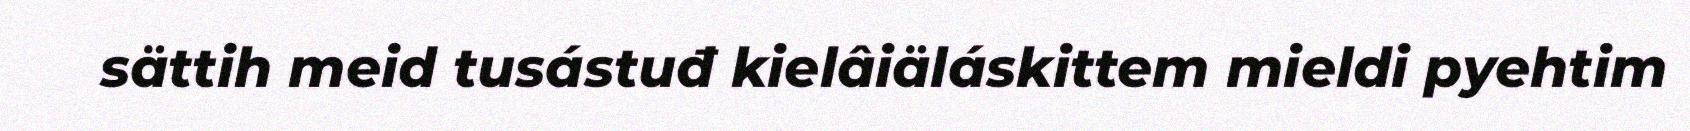
sättih meid tusástuđ kielâiäláskittem mieldi pyehtim